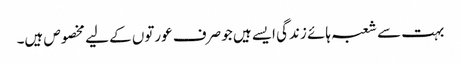
بہت سے شعبہ ہائے زندگی ایسے ہیں جو صرف عورتوں کے لیے مخصوص ہیں۔